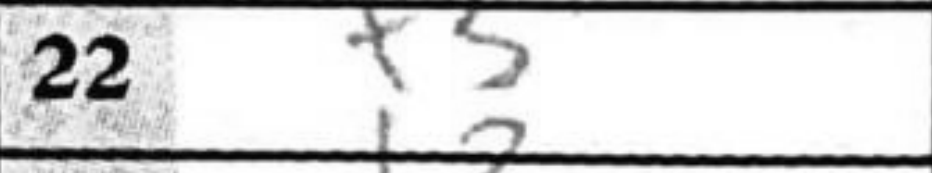
Transcription: f3